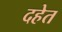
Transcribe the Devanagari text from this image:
दहेत